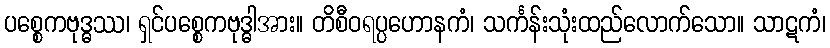
ပစ္စေကဗုဒ္ဓဿ၊ ရှင်ပစ္စေကဗုဒ္ဓါအား။ တိစီဝရပ္ပဟောနကံ၊ သင်္ကန်းသုံးထည်လောက်သော။ သာဋကံ၊